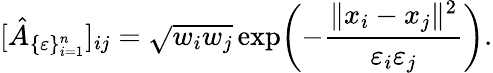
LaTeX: [\hat{A}_{\{ \varepsilon\} _{i=1}^{n}}]_{ij}=\sqrt{w_{i}w_{j}}\exp\biggl(-\frac{\| x_{i}-x_{j}\| ^{2}}{\varepsilon_{i}\varepsilon_{j}}\biggr).